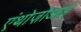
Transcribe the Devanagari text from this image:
एंथोज़ोआई